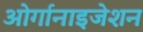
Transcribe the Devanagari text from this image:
ओर्गानाइजेशन